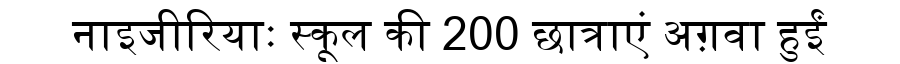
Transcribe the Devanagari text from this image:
नाइजीरियाः स्कूल की 200 छात्राएं अग़वा हुईं